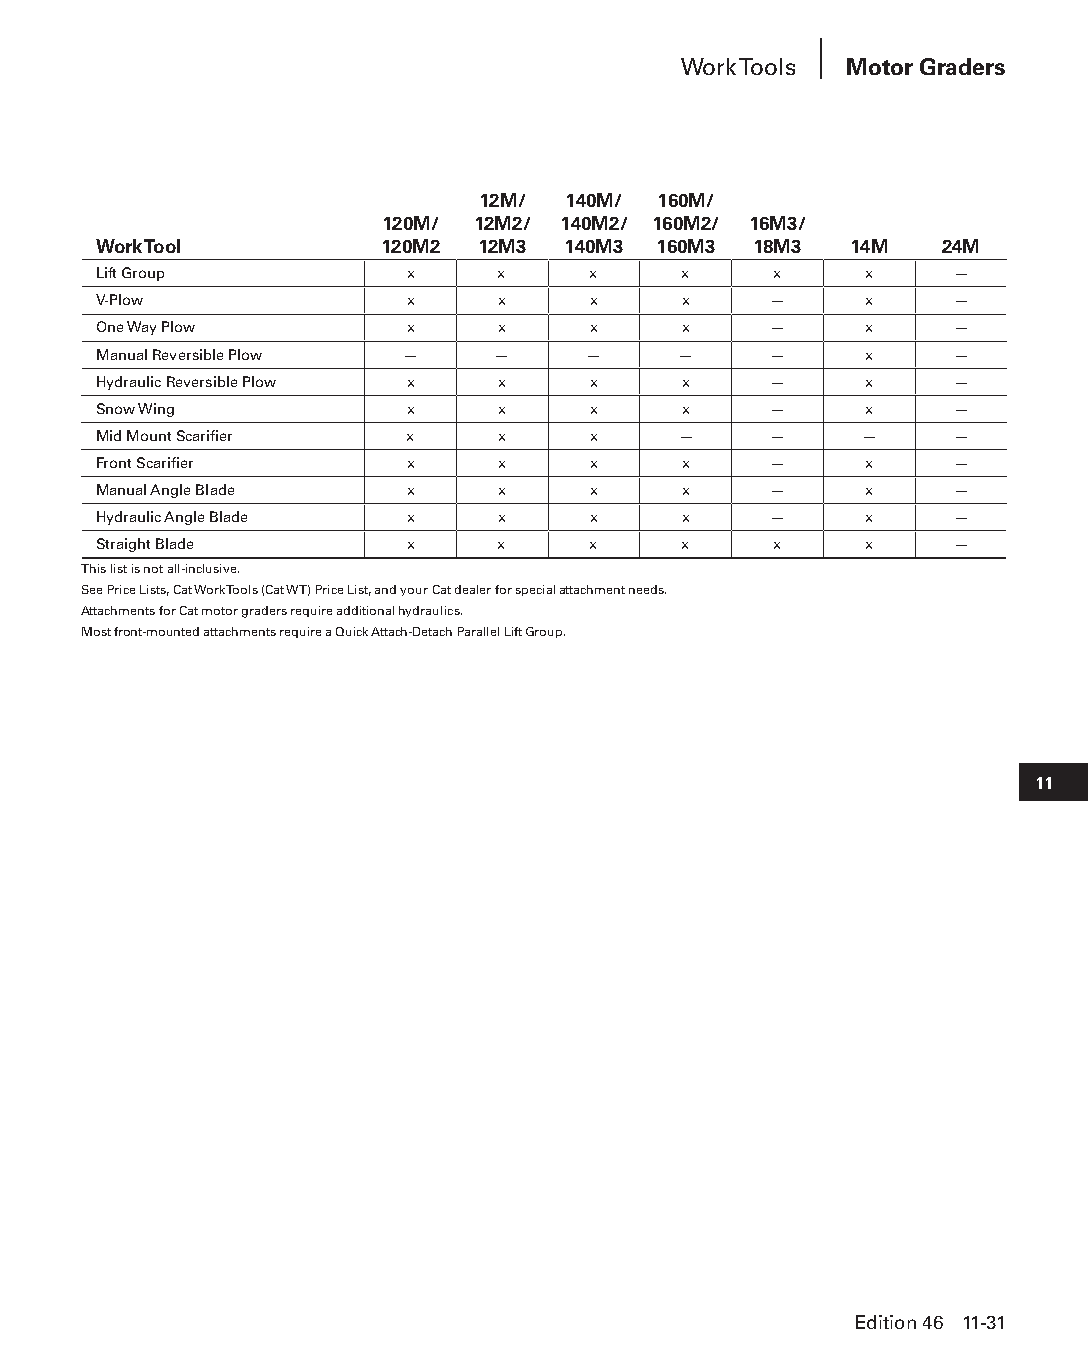
Work Tools Motor Graders
 12M/  140M/ 160M/
 120M/ 12M2/ 140M2/ 160M2/ 16M3/
 Work Tool          120M2 12M3  140M3 160M3 18M3   14M   24M
 Lift Group          x     x     x     x      x     x    —
 V-Plow              x     x     x     x     —      x    —
 One Way Plow        x     x     x     x     —      x    —
 Manual Reversible Plow —  —     —     —     —      x    —
 Hydraulic Reversible Plow x x   x     x     —      x    —
 Snow Wing           x     x     x     x     —      x    —
 Mid Mount Scarifier x     x     x     —     —     —     —
 Front Scarifier     x     x     x     x     —      x    —
 Manual Angle Blade  x     x     x     x     —      x    —
 Hydraulic Angle Blade x   x     x     x     —      x    —
 Straight Blade      x     x     x     x      x     x    —
 This list is not all-inclusive.
 See Price Lists, Cat Work Tools (Cat WT) Price List, and your Cat dealer for special attachment needs.
 Attachments for Cat motor graders require additional hydraulics.
 Most front-mounted attachments require a Quick Attach-Detach Parallel Lift Group.
 11
 Edition 46 11-31
 PPHHBB--SSeecc1111--1166..iinndddd 3311                        1122//44//1155 1100::4466 AAMM